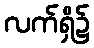
လက်ရှိ၌